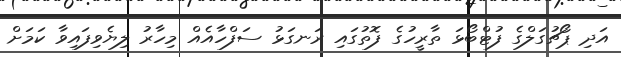
އަދި ޕޯޗުގަލްގެ ފުޓްބޯޅަ ތާރީހުގެ ފޮތުގައި ރަނގަޅު ސަފްހާއެއް މިހާރު ލިޔެވިފައިވާ ކަމަށް